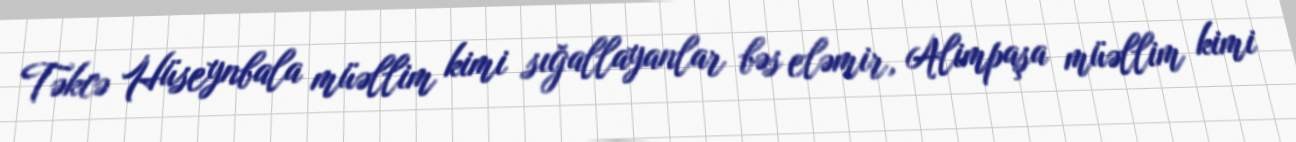
Təkcə Hüseynbala müəllim kimi sığallayanlar bəs eləmir, Alimpaşa müəllim kimi